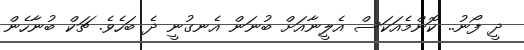
ދީ ފޯނު.. ކޮންމެއަކަސް އެލީނާއަށް ބުނަން އެނގުނީ ދެ ބަހެވެ. ޗަކް ބުނާހެން